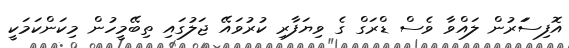
އޮފިސަަރުން ލައްވާ ވެސް ޑްރަގް ގެ ވިޔަފާރި ކުރުވައޭ ޖަލުގައި ތިބޭމީހުން މިކަންކަމަކީ